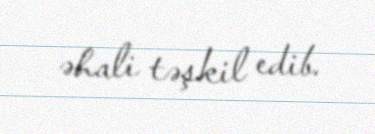
əhali təşkil edib.